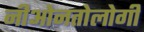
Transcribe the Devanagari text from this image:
नीओनतोलोगी